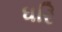
ધરિ